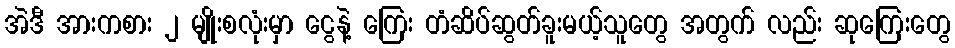
အဲဒီ အားကစား ၂ မျိုးစလုံးမှာ ငွေနဲ့ ကြေး တံဆိပ်ဆွတ်ခူးမယ့်သူတွေ အတွက် လည်း ဆုကြေးတွေ